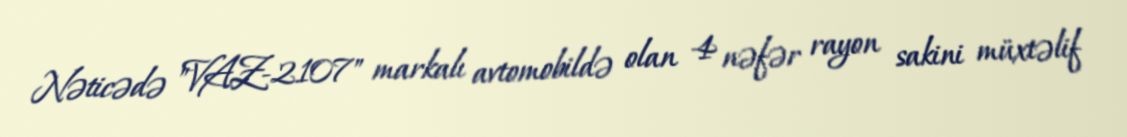
Nəticədə "VAZ-2107" markalı avtomobildə olan 4 nəfər rayon sakini müxtəlif